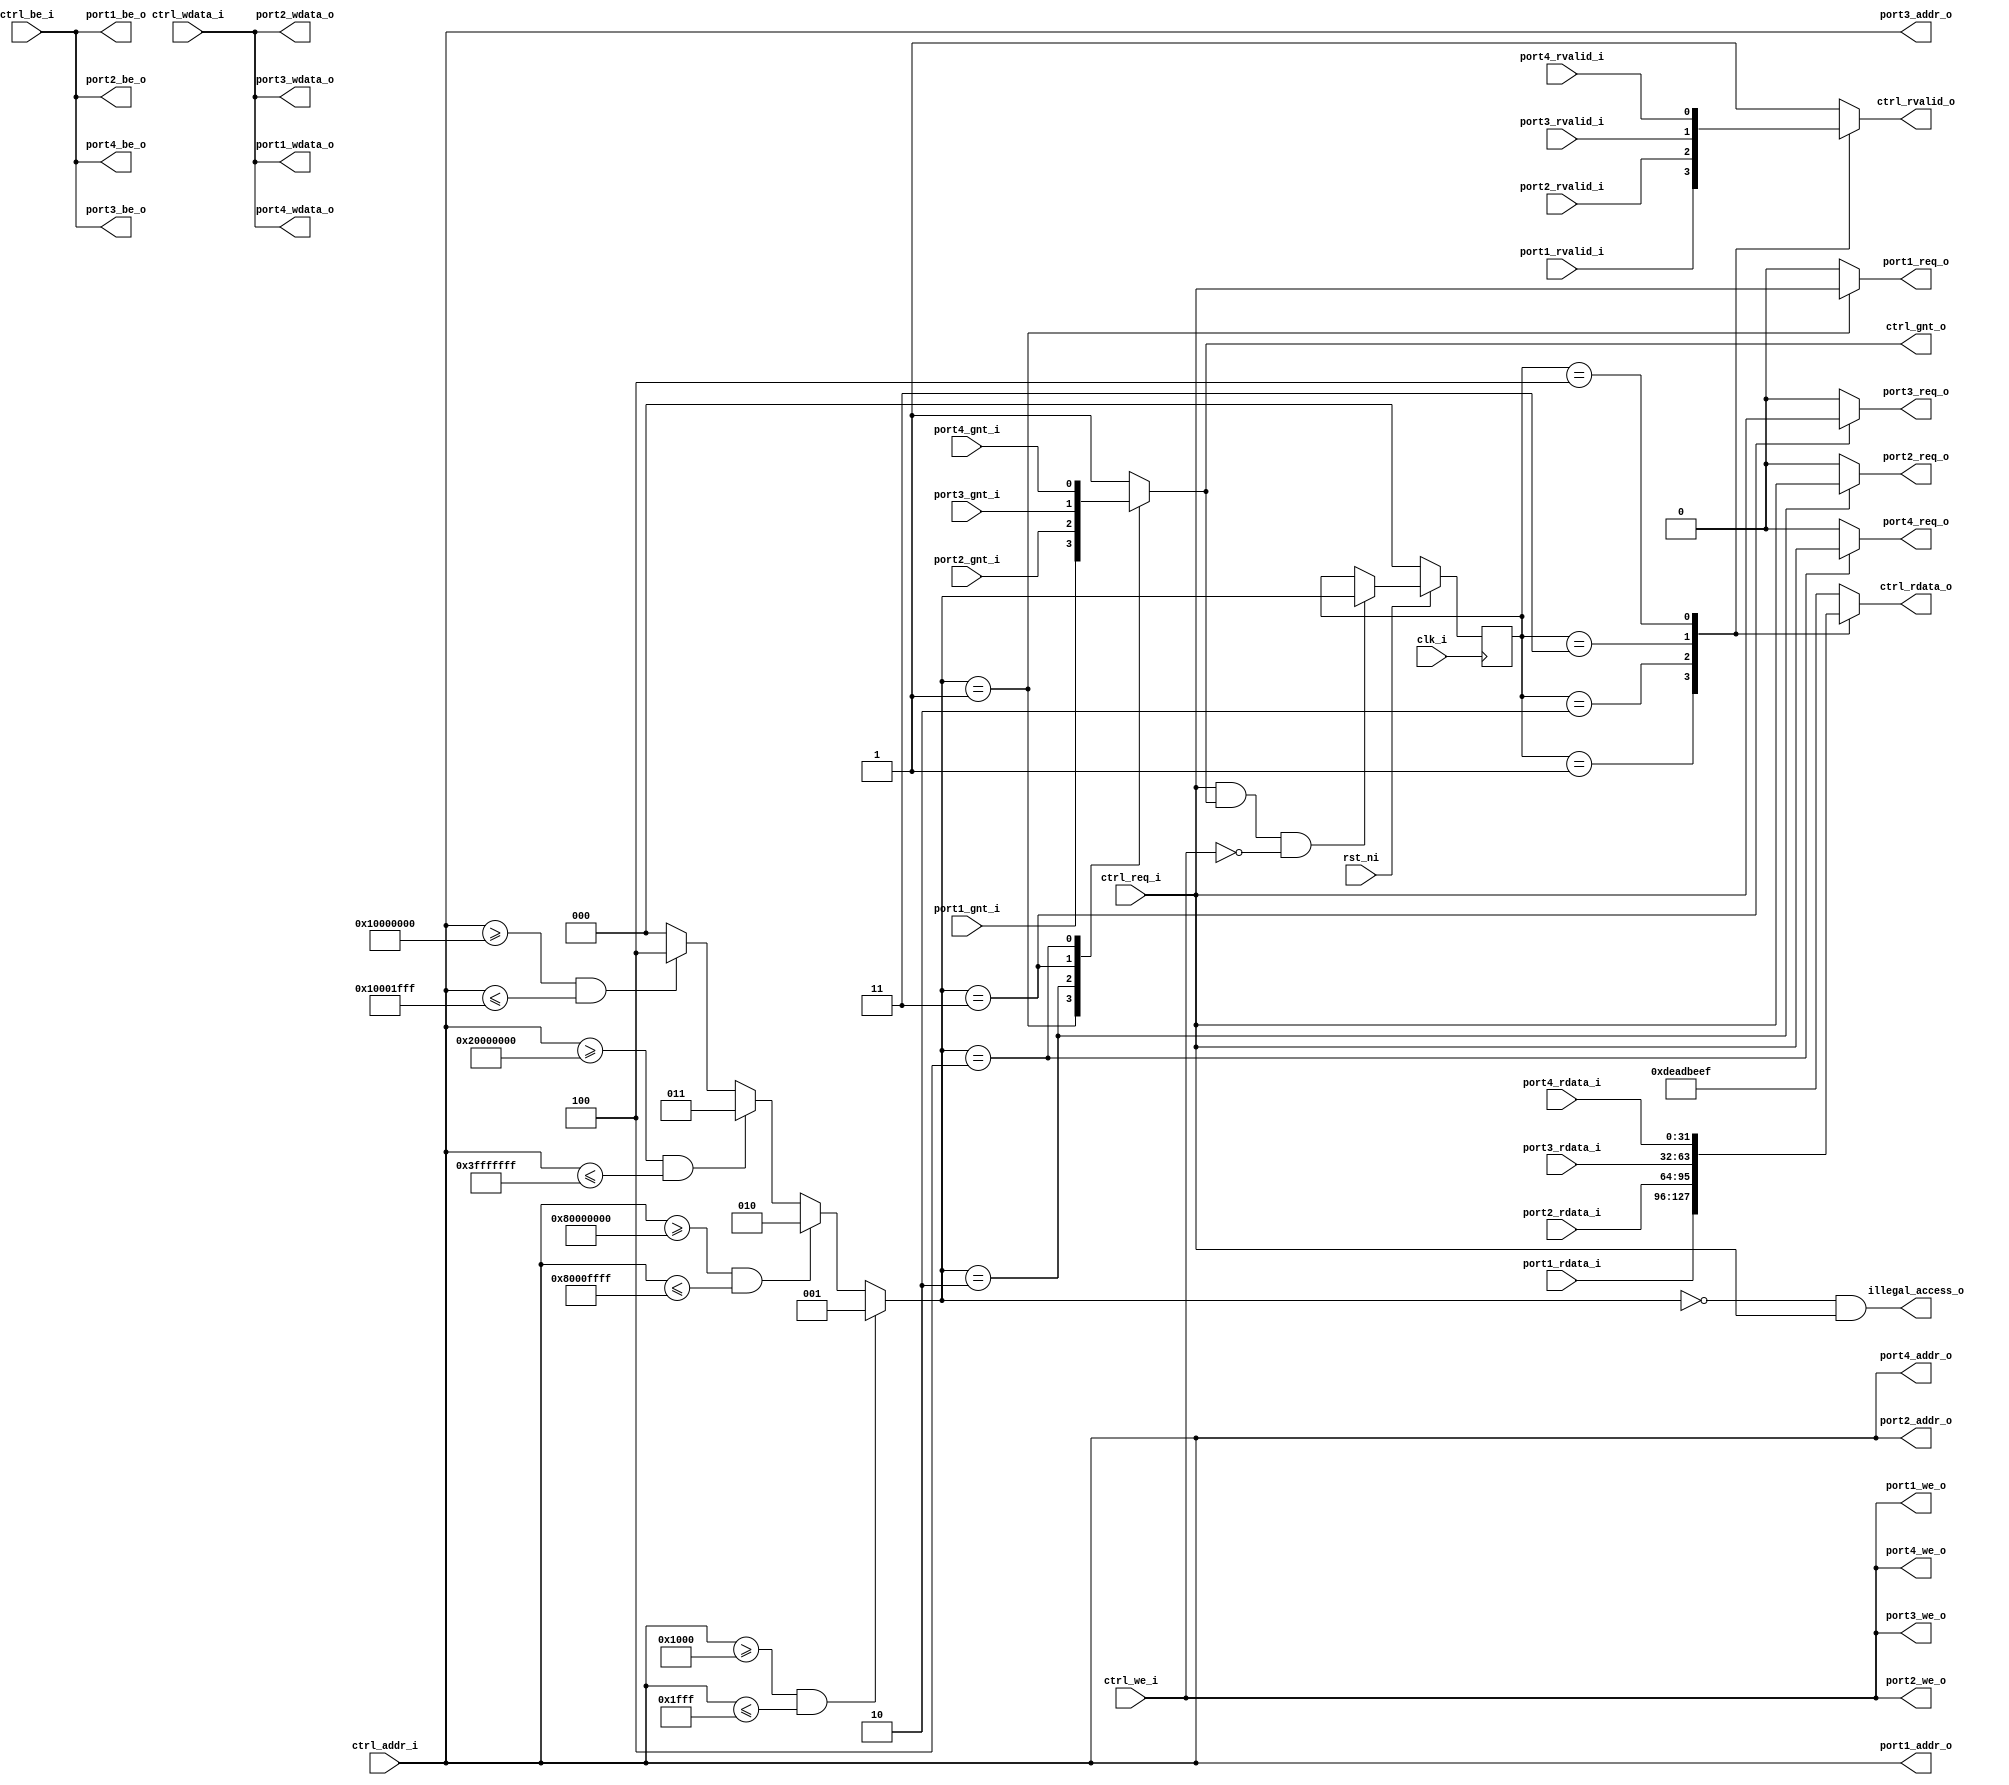
module obi_demux_1_to_4 #(
        parameter PORT1_BASE_ADDR = 32'h00001000,
        parameter PORT1_END_ADDR  = 32'h00001FFF,
        parameter PORT2_BASE_ADDR = 32'h80000000,
        parameter PORT2_END_ADDR  = 32'h8000FFFF,
        parameter PORT3_BASE_ADDR = 32'h20000000,
        parameter PORT3_END_ADDR  = 32'h3FFFFFFF,
        parameter PORT4_BASE_ADDR = 32'h10000000,
        parameter PORT4_END_ADDR  = 32'h10001FFF )
(
    input               clk_i,
    input               rst_ni,

    // Controller (Master) OBI interface
    input               ctrl_req_i,
    output reg          ctrl_gnt_o,
    input        [31:0] ctrl_addr_i,
    input               ctrl_we_i,
    input        [3:0]  ctrl_be_i,
    input        [31:0] ctrl_wdata_i,
    output reg          ctrl_rvalid_o,
    output reg   [31:0] ctrl_rdata_o,

    // Port 1 (Slave) OBI interface
    output reg         port1_req_o,
    input               port1_gnt_i,
    output wire  [31:0] port1_addr_o,
    output wire         port1_we_o,
    output wire  [3:0]  port1_be_o,
    output wire  [31:0] port1_wdata_o,
    input               port1_rvalid_i,
    input        [31:0] port1_rdata_i,

    // Port 2 (Slave) OBI interface
    output reg         port2_req_o,
    input               port2_gnt_i,
    output wire  [31:0] port2_addr_o,
    output wire         port2_we_o,
    output wire  [3:0]  port2_be_o,
    output wire  [31:0] port2_wdata_o,
    input               port2_rvalid_i,
    input        [31:0] port2_rdata_i,

    // Port 3 (Slave) OBI interface
    output reg          port3_req_o,
    input               port3_gnt_i,
    output wire  [31:0] port3_addr_o,
    output wire         port3_we_o,
    output wire  [3:0]  port3_be_o,
    output wire  [31:0] port3_wdata_o,
    input               port3_rvalid_i,
    input        [31:0] port3_rdata_i,

    // Port 4 (Slave) OBI interface
    output reg          port4_req_o,
    input               port4_gnt_i,
    output wire  [31:0] port4_addr_o,
    output wire         port4_we_o,
    output wire  [3:0]  port4_be_o,
    output wire  [31:0] port4_wdata_o,
    input               port4_rvalid_i,
    input        [31:0] port4_rdata_i,

    output wire         illegal_access_o
);

    // Address and Response routing mux selections (0 = no route selected!)
    reg[2:0] addr_sel, resp_sel;

    /////////////////////
    // Address Decoder //
    /////////////////////

    // Generate address select signal based on input address
    /* verilator lint_off UNSIGNED */
    /* verilator lint_off CMPCONST */
    always @(*) begin
        if ((ctrl_addr_i >= PORT1_BASE_ADDR) && (ctrl_addr_i <= PORT1_END_ADDR))
            addr_sel = 1;
        else if ((ctrl_addr_i >= PORT2_BASE_ADDR) && (ctrl_addr_i <= PORT2_END_ADDR))
            addr_sel = 2;
        else if ((ctrl_addr_i >= PORT3_BASE_ADDR) && (ctrl_addr_i <= PORT3_END_ADDR))
            addr_sel = 3;
        else if ((ctrl_addr_i >= PORT4_BASE_ADDR) && (ctrl_addr_i <= PORT4_END_ADDR))
            addr_sel = 4;
        else
            addr_sel = 0;
    end
    /* verilator lint_on CMPCONST */
    /* verilator lint_on UNSIGNED */

    ///////////////////////////
    // Address Phase Routing //
    ///////////////////////////

    always @(*) begin
        // Multiplex portx_gnt_i to ctrl_gnt_o
        case (addr_sel)
            1: ctrl_gnt_o = port1_gnt_i;
            2: ctrl_gnt_o = port2_gnt_i;
            3: ctrl_gnt_o = port3_gnt_i;
            4: ctrl_gnt_o = port4_gnt_i;
            default: ctrl_gnt_o = 1; // DEADBEEF response
        endcase
    end

    always @(*) begin
        // Demultiplex ctrl_req_i to portx_req_o
        port1_req_o = (addr_sel == 1) ? ctrl_req_i : 1'b0;
        port2_req_o = (addr_sel == 2) ? ctrl_req_i : 1'b0;
        port3_req_o = (addr_sel == 3) ? ctrl_req_i : 1'b0;
        port4_req_o = (addr_sel == 4) ? ctrl_req_i : 1'b0;
    end

    // Assign ctrl signals to all portx outputs
    assign port1_addr_o  = ctrl_addr_i;
    assign port1_wdata_o = ctrl_wdata_i;
    assign port1_be_o    = ctrl_be_i;
    assign port1_we_o    = ctrl_we_i;

    assign port2_addr_o  = ctrl_addr_i;
    assign port2_wdata_o = ctrl_wdata_i;
    assign port2_be_o    = ctrl_be_i;
    assign port2_we_o    = ctrl_we_i;

    assign port3_addr_o  = ctrl_addr_i;
    assign port3_wdata_o = ctrl_wdata_i;
    assign port3_be_o    = ctrl_be_i;
    assign port3_we_o    = ctrl_we_i;

    assign port4_addr_o  = ctrl_addr_i;
    assign port4_wdata_o = ctrl_wdata_i;
    assign port4_be_o    = ctrl_be_i;
    assign port4_we_o    = ctrl_we_i;

    ////////////////////////////
    // Response Phase Routing //
    ////////////////////////////

    wire accepted;
    assign accepted = ctrl_req_i && ctrl_gnt_o && !ctrl_we_i;

    // Response tracking (resp_sel)
    always @(posedge clk_i) begin
        if (!rst_ni)
            resp_sel <= 0;
        else if (accepted) begin
            resp_sel <= addr_sel;
        end
    end

    always @(*) begin
        // Multiplex portx_rvalid_i to ctrl_rvalid_o based on resp_sel
        case (resp_sel)
            1: ctrl_rvalid_o = port1_rvalid_i;
            2: ctrl_rvalid_o = port2_rvalid_i;
            3: ctrl_rvalid_o = port3_rvalid_i;
            4: ctrl_rvalid_o = port4_rvalid_i;
            default: ctrl_rvalid_o = 1; // DEADBEEF response
        endcase
    end

    always @(*) begin
        // Multiplex portx_rdata_i to ctrl_rdata_o based on resp_sel
        case (resp_sel)
            1: ctrl_rdata_o = port1_rdata_i;
            2: ctrl_rdata_o = port2_rdata_i;
            3: ctrl_rdata_o = port3_rdata_i;
            4: ctrl_rdata_o = port4_rdata_i;
            default: ctrl_rdata_o = 32'hDEAD_BEEF; // DEADBEEF response
        endcase
    end

    assign illegal_access_o = (addr_sel == 0) && ctrl_req_i;

endmodule